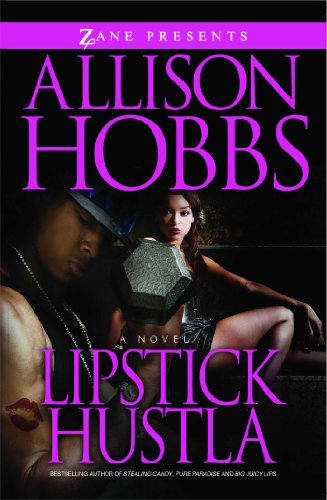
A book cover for Lipstick Hustla; Allison Hobbs; Romance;